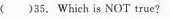
( )35. Which is NOT true?